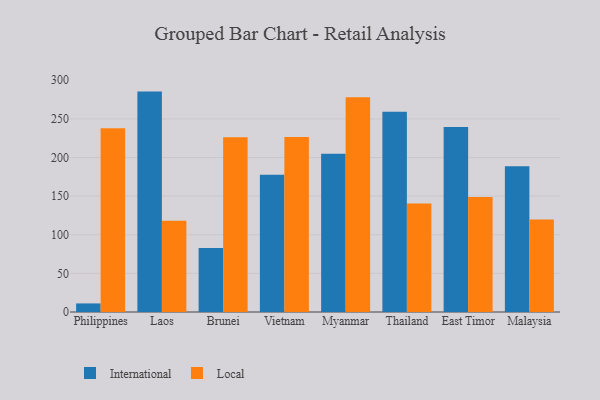
{"axis": {"x": "Country", "y": "Energy Usage (MWh)"}, "legend": ["International", "Local"], "data": [{"x": "Philippines", "y": 11.1, "type": "International"}, {"x": "Philippines", "y": 237.7, "type": "Local"}, {"x": "Laos", "y": 285.3, "type": "International"}, {"x": "Laos", "y": 118.0, "type": "Local"}, {"x": "Brunei", "y": 83.0, "type": "International"}, {"x": "Brunei", "y": 226.2, "type": "Local"}, {"x": "Vietnam", "y": 177.7, "type": "International"}, {"x": "Vietnam", "y": 226.5, "type": "Local"}, {"x": "Myanmar", "y": 205.0, "type": "International"}, {"x": "Myanmar", "y": 277.9, "type": "Local"}, {"x": "Thailand", "y": 259.1, "type": "International"}, {"x": "Thailand", "y": 140.5, "type": "Local"}, {"x": "East Timor", "y": 239.4, "type": "International"}, {"x": "East Timor", "y": 148.8, "type": "Local"}, {"x": "Malaysia", "y": 188.7, "type": "International"}, {"x": "Malaysia", "y": 119.7, "type": "Local"}]}